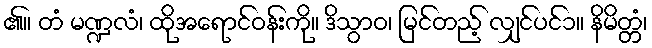
၏။ တံ မဏ္ဍလံ၊ ထိုအရောင်ဝန်းကို။ ဒိသွာဝ၊ မြင်တည့် လျှင်ပင်၁။ နိမိတ္တံ၊